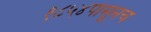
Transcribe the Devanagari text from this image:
१८५४पासूनच